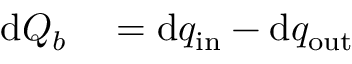
\begin{array} { r l } { \mathrm { d } Q _ { b } } & { { } = \mathrm { d } q _ { \mathrm { i n } } - \mathrm { d } q _ { \mathrm { o u t } } } \end{array}